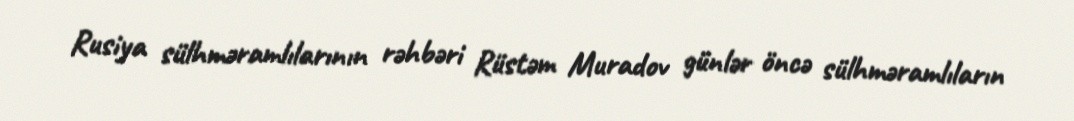
Rusiya sülhməramlılarının rəhbəri Rüstəm Muradov günlər öncə sülhməramlıların